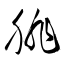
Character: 腓